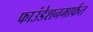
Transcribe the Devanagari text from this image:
फाउंडेशनमार्फत